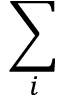
\sum _ { i }